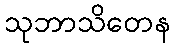
သုဘာသိတေန